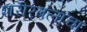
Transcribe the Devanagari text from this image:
शरीरबलाचा